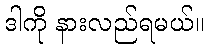
ဒါကို နားလည်ရမယ်။